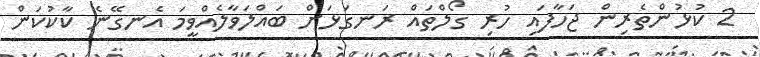
2 ކުޅުންތެރިން ޖަހާފައި ހުރި ގޯލްތައް ރަނގަޅަށް ބައްލަވާލެއްވީމަ އެނގޭނެ ކާކުކަން